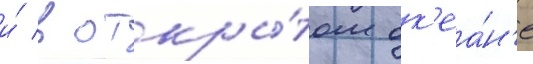
и́ в откры́том ок'еа́н'е